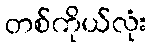
တစ်ကိုယ်လုံး